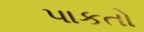
પાકતો